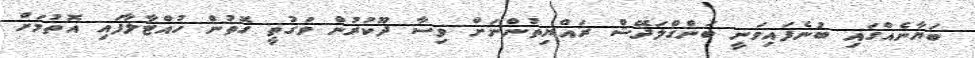
ބަޔާނެއްގައި ބުނެފައިވަނީ ބަންގްލަދޭޝް ރައްޔިތުންނަށް ވިސާ ދޫކުރުން ވަގުތީ ގޮތުން ހުއްޓާލާފައި އޮތުމަށް